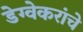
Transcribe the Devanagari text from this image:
डेग्वेकरांचे